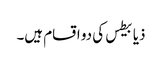
ذیابیطس کی دو اقسام ہیں۔